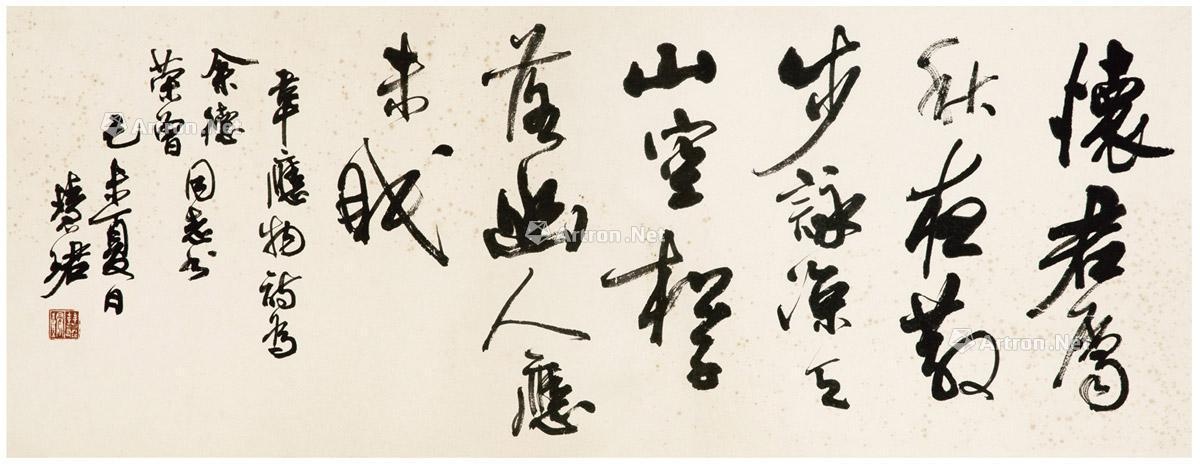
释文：怀君属秋夜，散步咏凉天。山空松子落，幽人应未眠。韦应物诗，为余德、荣曾同志书。己未夏月，慧珺。